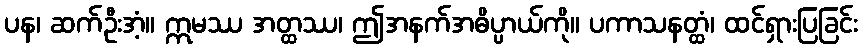
ပန၊ ဆက်ဦးအံ့။ ဣမဿ အတ္ထဿ၊ ဤအနက်အဓိပ္ပာယ်ကို။ ပကာသနတ္ထံ၊ ထင်ရှားပြခြင်း